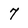
Character: 7